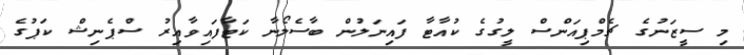
މި ސީޒަނުގެ ޗެމްޕިއަންސް ލީގުގެ ކުއާޓާ ފައިނަލުން ބާސެލޯނާ ކަޓާފައިވާއިރު ސްޕެނިޝް ކަޕުގެ